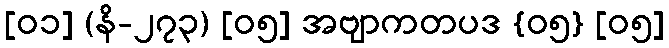
[၀၁] (နိ-၂၇၃) [၀၅] အဗျာကတပဒ {၀၅} [၀၅]